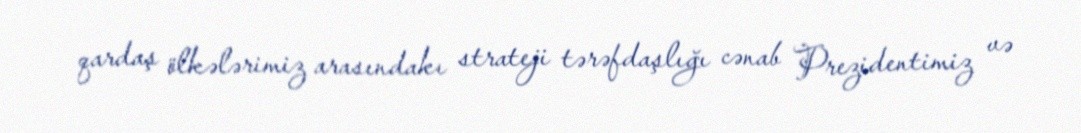
qardaş ölkələrimiz arasındakı strateji tərəfdaşlığı cənab Prezidentimiz və